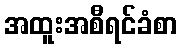
အထူးအစီရင်ခံစာ